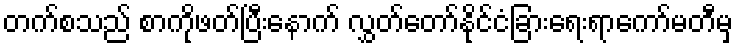
တက်စသည် စာကိုဖတ်ပြီးနောက် လွှတ်တော်နိုင်ငံခြားရေးရာကော်မတီမှ